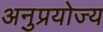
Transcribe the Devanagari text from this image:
अनुप्रयोज्य